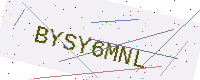
Text: BYSY6MNL